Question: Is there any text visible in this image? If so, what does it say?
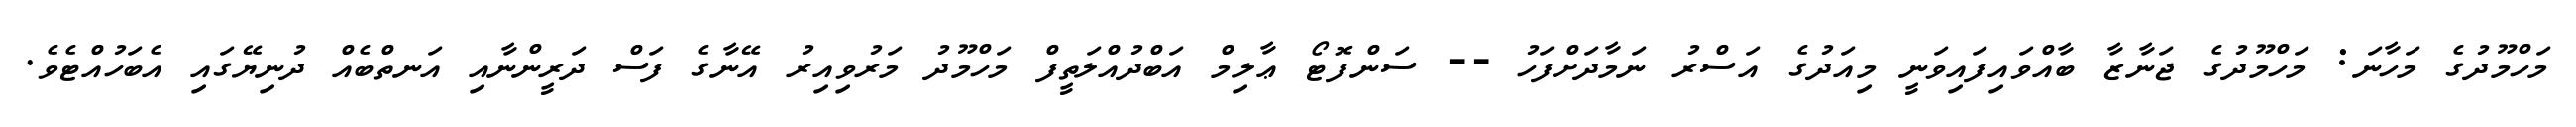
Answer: މަހްމޫދުގެ މަހާނަ: މަހްމޫދުގެ ޖަނާޒާ ބާއްވައިފައިވަނީ މިއަދުގެ އަސްރު ނަމާދަށްފަހު -- ސަންފޮޓޯ ޢާލިމް އަބްދުއްލަތީފް މަހްމޫދު މަރުވިއިރު އޭނާގެ ފަސް ދަރީންނާއި އަނތްބެއް ދުނިޔޭގައި އެބަހުއްޓެވެ.